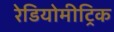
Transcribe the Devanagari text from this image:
रेडियोमीट्रिक